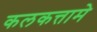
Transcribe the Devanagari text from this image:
कलकत्तामे